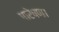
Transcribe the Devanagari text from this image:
पारेषण।